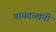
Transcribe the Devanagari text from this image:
पायदळांनी